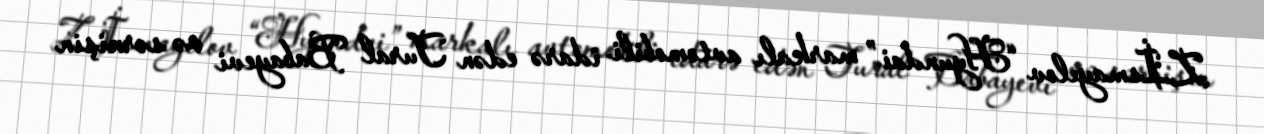
Z.İsmayılov “Hyundai” markalı avtomobili idarə edən Tural Babayevi və sərnişin